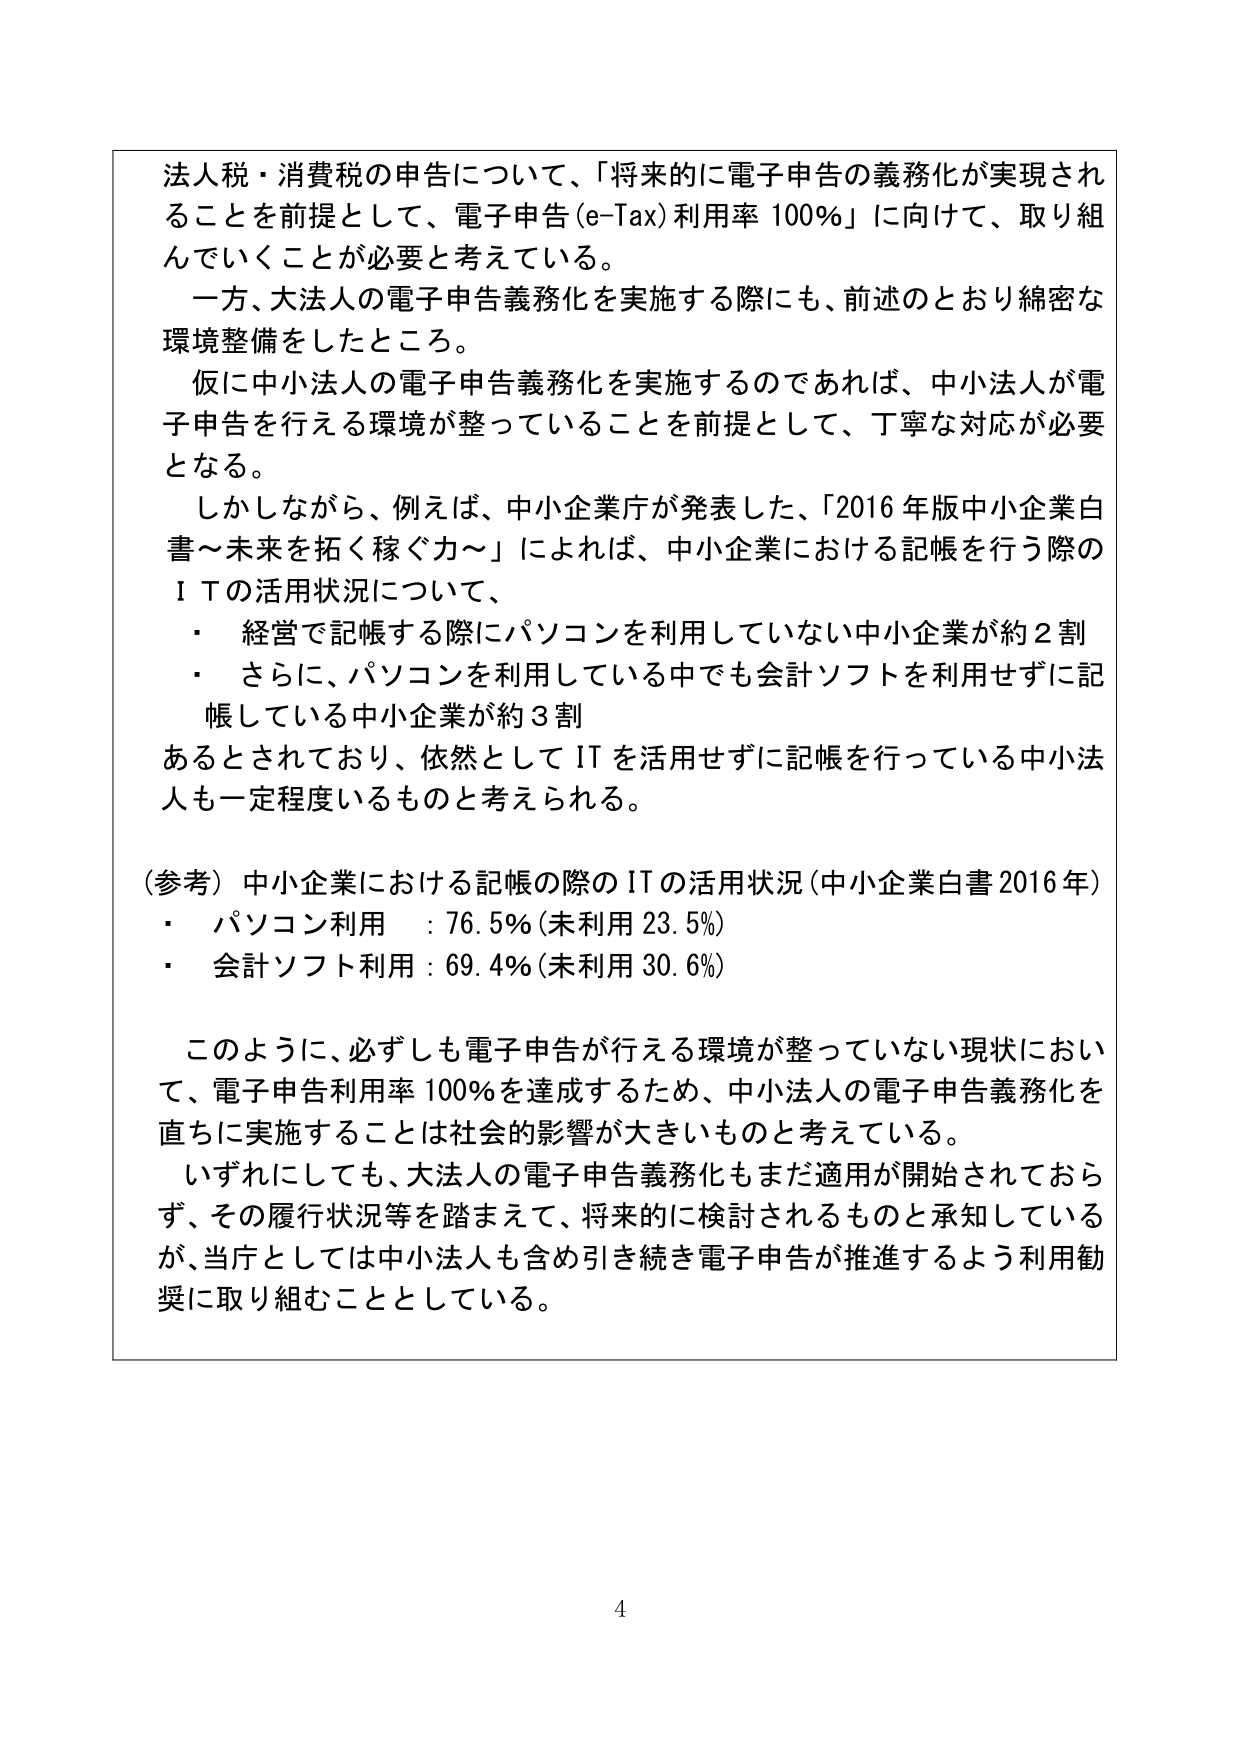
法人税・消費税の申告について、「将来的に電子申告の義務化が実現されることを前提として、電子申告（e-Tax）利用率 100％」に向けて、取り組んでいくことが必要と考えている。

一方、大法人の電子申告義務化を実施する際にも、前述のとおり綿密な環境整備をしたところ。

仮に中小法人の電子申告義務化を実施するのであれば、中小法人が電子申告を行える環境が整っていることを前提として、丁寧な対応が必要となる。

しかしながら、例えば、中小企業庁が発表した、「2016年版中小企業白書～未来を拓く稼ぐ力～」によれば、中小企業における記帳を行う際のＩＴの活用状況について、

・ 経営で記帳する際にパソコンを利用していない中小企業が約2割
・ さらに、パソコンを利用している中でも会計ソフトを利用せずに記帳している中小企業が約3割

あるとされており、依然としてITを活用せずに記帳を行っている中小法人も一定程度いるものと考えられる。

（参考）中小企業における記帳の際のITの活用状況（中小企業白書2016年）
・ パソコン利用 ：76.5％（未利用23.5％）
・ 会計ソフト利用：69.4％（未利用30.6％）

このように、必ずしも電子申告が行える環境が整っていない現状において、電子申告利用率100％を達成するため、中小法人の電子申告義務化を直ちに実施することは社会的影響が大きいものと考えている。

いずれにしても、大法人の電子申告義務化もまだ適用が開始されておらず、その履行状況等を踏まえて、将来的に検討されるものと承知しているが、当庁としては中小法人も含め引き続き電子申告が推進するよう利用勧奨に取り組むこととしている。

4